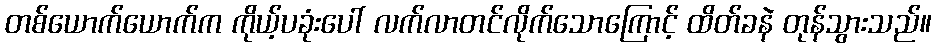
တစ်ယောက်ယောက်က ကိုယ့်ပခုံးပေါ် လက်လာတင်လိုက်သောကြောင့် ထိတ်ခနဲ တုန်သွားသည်။